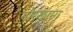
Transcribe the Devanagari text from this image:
गोरखामा